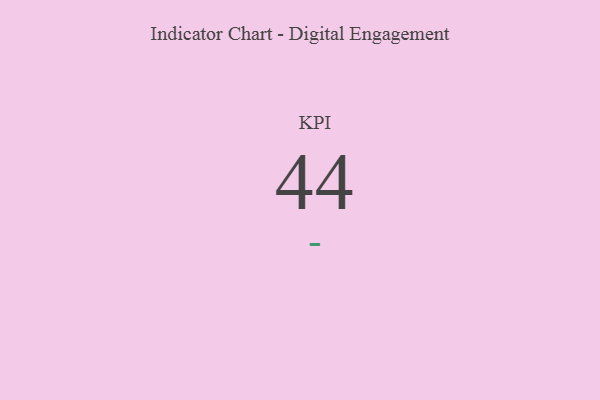
{"axis": {"x": "KPI", "y": "Value"}, "legend": [""], "data": [{"x": "KPI", "y": 44, "type": ""}]}